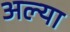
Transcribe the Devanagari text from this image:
अल्या